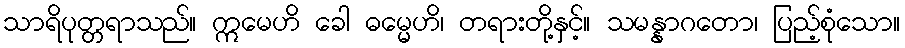
သာရိပုတ္တရာသည်။ ဣမေဟိ ခေါ ဓမ္မေဟိ၊ တရားတို့နှင့်။ သမန္နာဂတော၊ ပြည့်စုံသော။